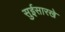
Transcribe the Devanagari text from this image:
सुईसारखे